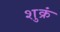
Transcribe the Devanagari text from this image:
शुक्रं